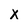
Character: X